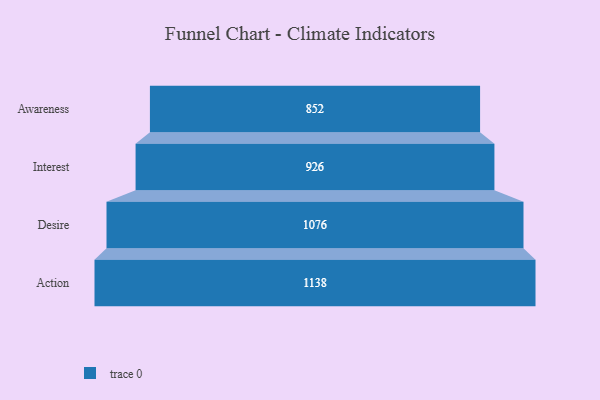
{"axis": {"x": "Stage", "y": "Value"}, "legend": [""], "data": [{"x": "Awareness", "y": 852.0, "type": ""}, {"x": "Interest", "y": 926.0, "type": ""}, {"x": "Desire", "y": 1076.0, "type": ""}, {"x": "Action", "y": 1138.0, "type": ""}]}